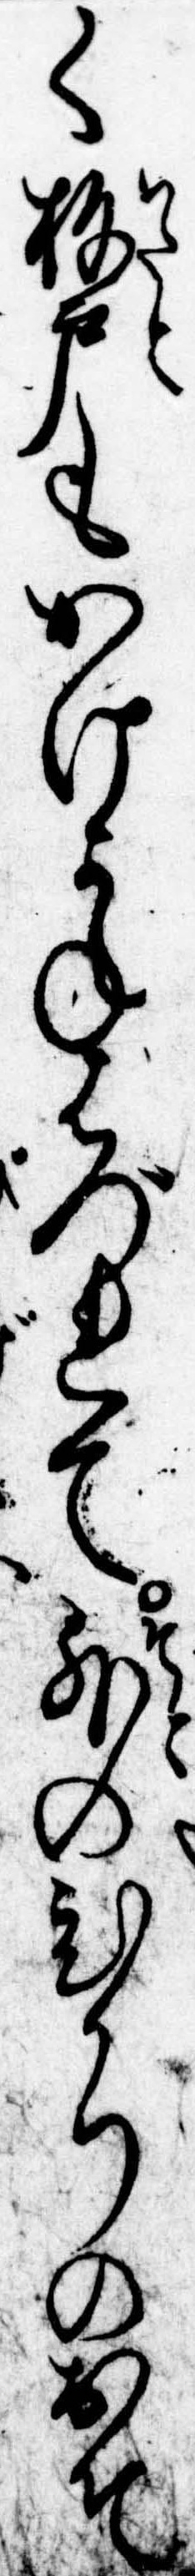
く板戸もかけかねはづれて外のひかりのおそ